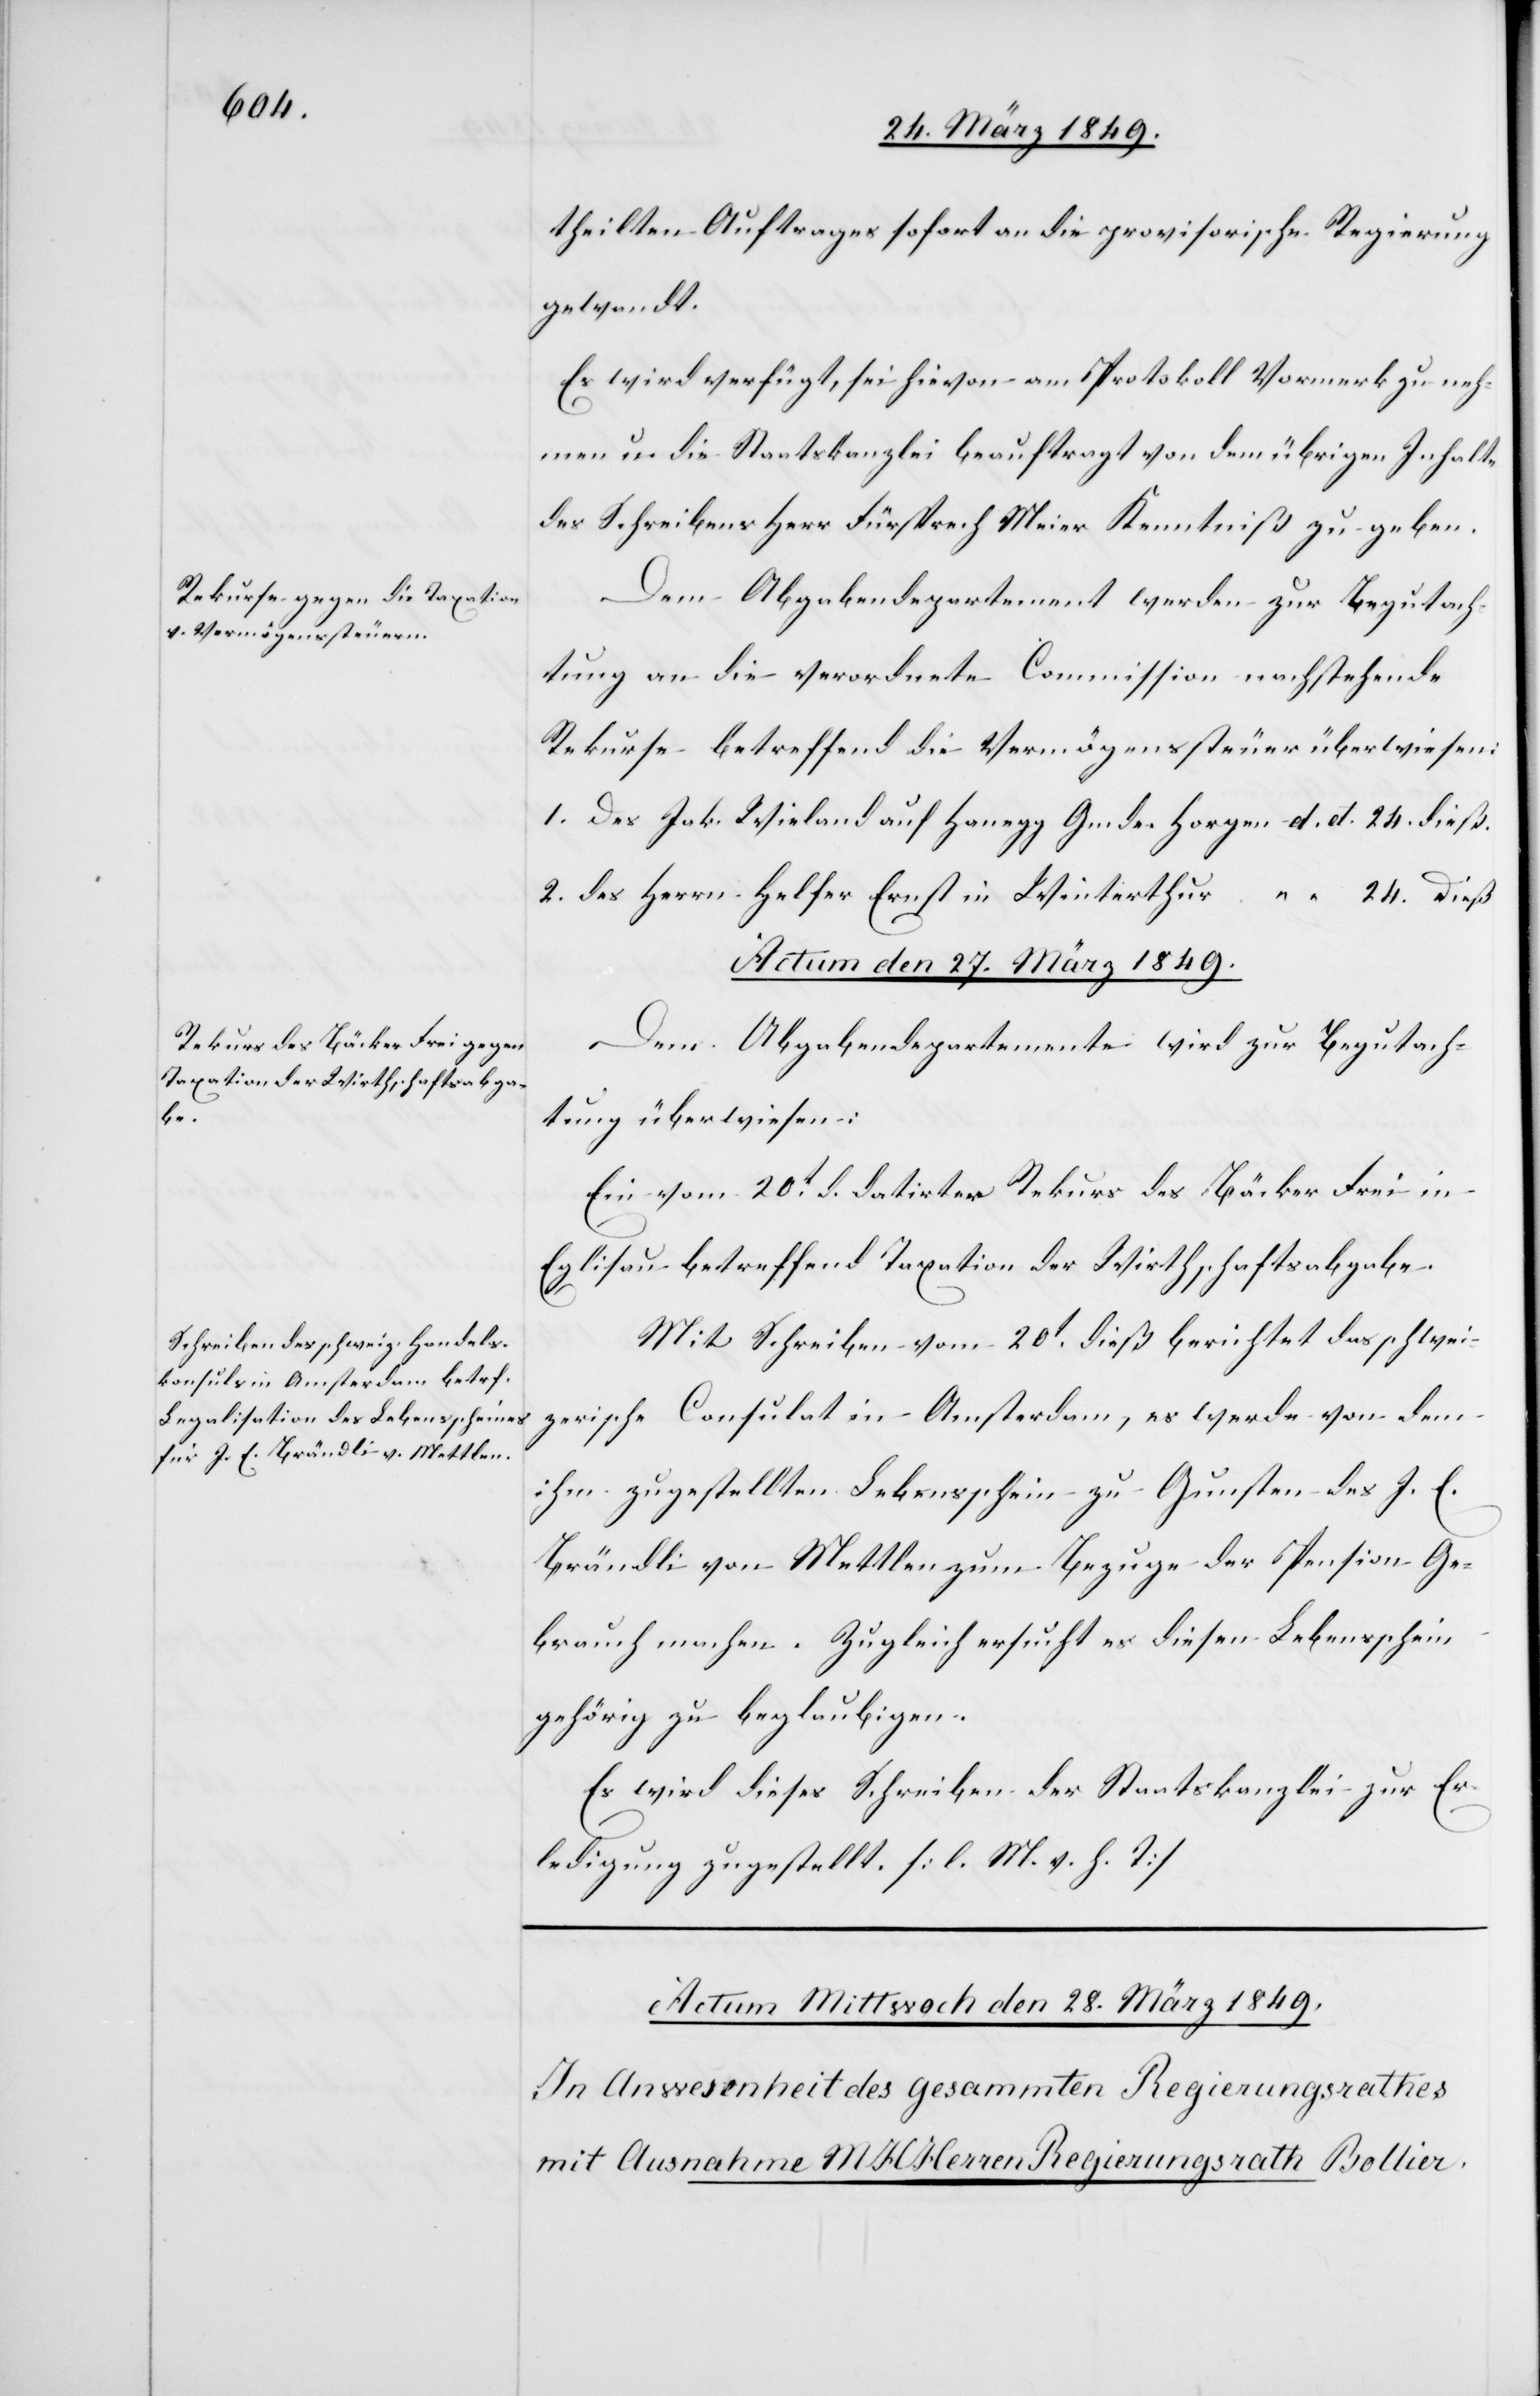
theilten Auftrages sofort an die provisorische Regierung
gewandt.
Es wird verfügt, sei hievon am Protokoll Vormerk zu neh¬
men u. die Staatskanzlei beauftragt von dem übrigen Inhalte
des Schreibens Herr Fürsprech Meier Kenntniß zu geben.
Dem Abgabendepartement werden zur Begutach¬
tung an die verordnete Commission nachstehende
Rekurse betreffend die Vermögenssteuer überwiesen:
1. Des Jak. Wieland auf Hanegg Gemde. Horgen d. d. 24. dieß.
2. des Herrn Helfer Ernst in Winterthur “ “ 24. dieß[.]
Actum den 27. März 1849.]
Dem Abgabendepartemnte wird zur Begutach¬
tung überwiesen:
Ein vom 20t. d. datirter Rekurs des Bäcker Frei in
Eglisau betreffend Taxation der Wirthschaftsabgabe.
Mit Schreiben vom 20t. dieß berichtet das schwei¬
zerische Consulat in Amsterdam, es werde von dem
ihm zugestellten Lebensschein zu Gunsten des J. E.
Brändli von Mettlen zum Bezuge der Pension Ge¬
brauch machen. Zugleich ersucht es diesen Lebensschein
gehörig zu beglaubigen.
Es wird dieses Schreiben der Staatskanzlei zur Er¬
ledigung zugestellt. [l. M. v. h. T]